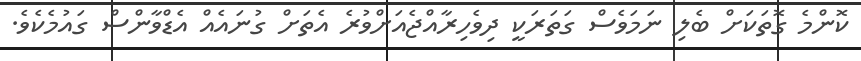
ކޮންމެ ގޮތަކަށް ބެލި ނަމަވެސް ގަތަރަކީ ދިވެހިރާއްޖެއަށްވުރެ އެތަށް ގުނައެއް އެޑްވާންސް ގައުމެކެވެ.